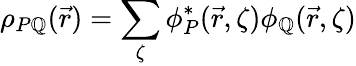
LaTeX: \rho_{P\mathbb{Q}}(\vec{{r}})=\sum_{\zeta}\phi_{P}^{*}(\vec{{r}},\zeta)\phi_{\mathbb{Q}}(\vec{{r}},\zeta)